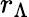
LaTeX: r_{\Lambda}